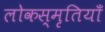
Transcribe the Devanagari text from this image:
लोकस्मृतियाँ